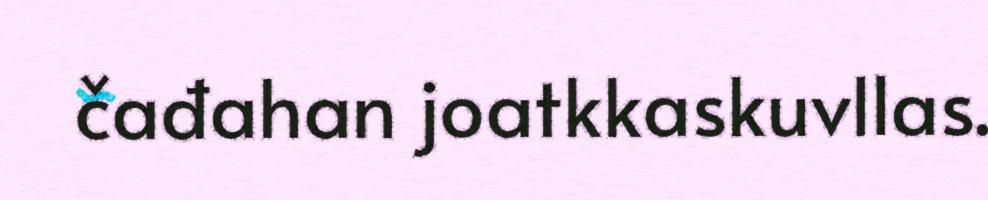
čađahan joatkkaskuvllas.